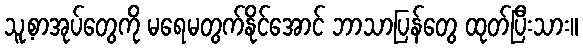
သူ့စာအုပ်တွေကို မရေမတွက်နိုင်အောင် ဘာသာပြန်တွေ ထုတ်ပြီးသား။